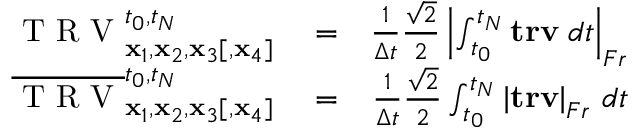
\begin{array} { r l r } { \mathrm { ~ T ~ R ~ V ~ } _ { { \mathbf x } _ { 1 } , { \mathbf x } _ { 2 } , { \mathbf x } _ { 3 } [ , { \mathbf x } _ { 4 } ] } ^ { t _ { 0 } , t _ { N } } } & { { } = } & { \frac { 1 } { \Delta t } \frac { \sqrt { 2 } } { 2 } \left| \int _ { t _ { 0 } } ^ { t _ { N } } \mathbf { t r v } \; d t \right| _ { F r } } \\ { \overline { { \mathrm { ~ T ~ R ~ V ~ } } } _ { { \mathbf x } _ { 1 } , { \mathbf x } _ { 2 } , { \mathbf x } _ { 3 } [ , { \mathbf x } _ { 4 } ] } ^ { t _ { 0 } , t _ { N } } } & { { } = } & { \frac { 1 } { \Delta t } \frac { \sqrt { 2 } } { 2 } \int _ { t _ { 0 } } ^ { t _ { N } } \left| \mathbf { t r v } \right| _ { F r } \, d t } \end{array}